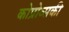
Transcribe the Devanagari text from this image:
कोप्रोव्सकी